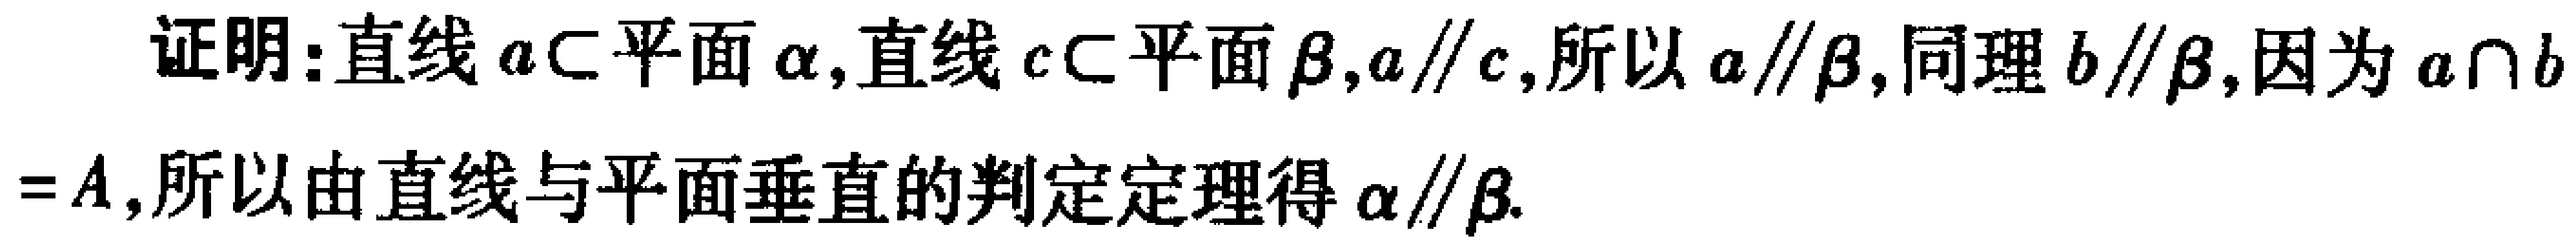
证明：直线 \(a\subset\) 平面 \(\alpha\)，直线 \(c\subset\) 平面 \(\beta\)，\(a\parallel c\)，所以 \(a\parallel\beta\)，同理 \(b\parallel\beta\)，因为 \(a\cap b = A\)，所以由直线与平面垂直的判定定理得 \(\alpha\parallel\beta\).